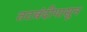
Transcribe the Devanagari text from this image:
तटबंदीपासून